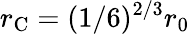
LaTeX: r_{\mathrm{C}}=(1/6)^{2/3}r_{0}